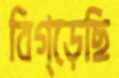
বিগ্‌ড়েছি